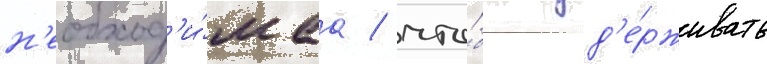
н'еобход'и́маа / что́бы уд'е́рживать